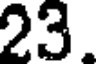
23.